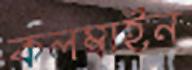
কলম্বাইন